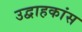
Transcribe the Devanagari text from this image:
उद्वाहकांस